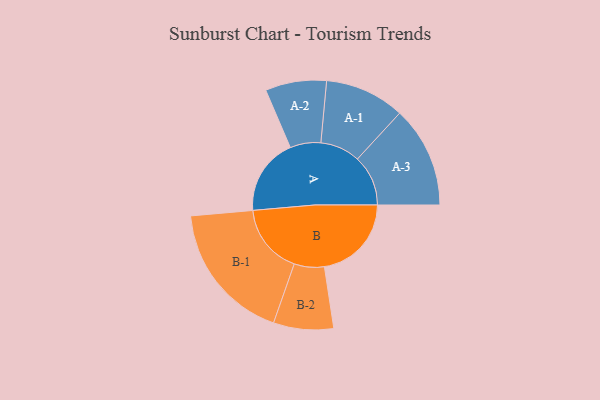
{"axis": {"x": "Segment", "y": "Value"}, "legend": ["", "A", "B"], "data": [{"x": "A", "y": 279, "type": ""}, {"x": "B", "y": 316, "type": ""}, {"x": "A-1", "y": 145, "type": "A"}, {"x": "A-2", "y": 111, "type": "A"}, {"x": "A-3", "y": 184, "type": "A"}, {"x": "B-1", "y": 255, "type": "B"}, {"x": "B-2", "y": 109, "type": "B"}]}